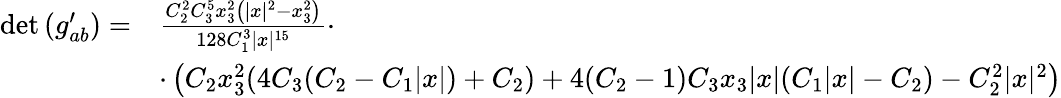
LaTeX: \begin{array}{rl}{\operatorname*{det}{(g_{ab}^{\prime})}=}&{\frac{C_{2}^{2}C_{3}^{5}x_{3}^{2}\left(\vert x\vert^{2}-x_{3}^{2}\right)}{128C_{1}^{3}\vert x\vert^{15}}\cdot}\\ &{\cdot\left(C_{2}x_{3}^{2}(4C_{3}(C_{2}-C_{1}\vert x\vert)+C_{2})+4(C_{2}-1)C_{3}x_{3}\vert x\vert(C_{1}\vert x\vert-C_{2})-C_{2}^{2}\vert x\vert^{2}\right)}\end{array}